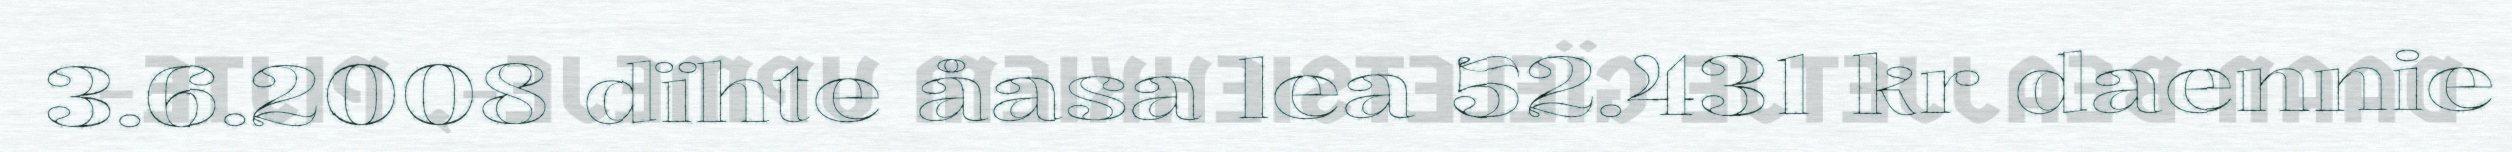
3.6.2008 dïhte åasa lea 52.431 kr daennie